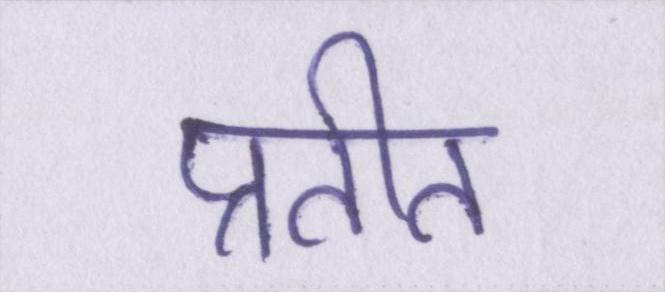
प्रतीत